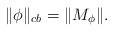
LaTeX: \begin{align*}\|\phi\|_{cb}=\|M_\phi\|.\end{align*}